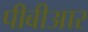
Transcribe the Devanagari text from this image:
पीबीआर